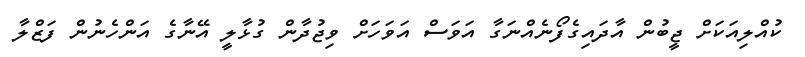
ކުއްލިއަކަށް ޖީބުން އާދައިގެފޯނެއްނަގާ އަވަސް އަވަހަށް ވިޖުދާން ގުޅާލީ އޭނާގެ އަންހެނުން ފަޒްލާ